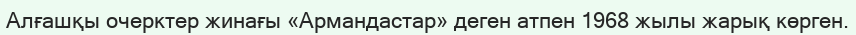
Алғашқы очерктер жинағы «Армандастар» деген атпен 1968 жылы жарық көрген.